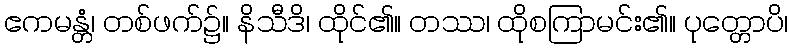
ဧကမန္တံ၊ တစ်ဖက်၌။ နိသီဒိ၊ ထိုင်၏။ တဿ၊ ထိုစကြာမင်း၏။ ပုတ္တောပိ၊